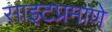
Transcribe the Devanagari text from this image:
साइटप्रमाणे